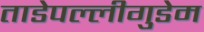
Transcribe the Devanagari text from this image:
ताडेपल्लीगुडेम